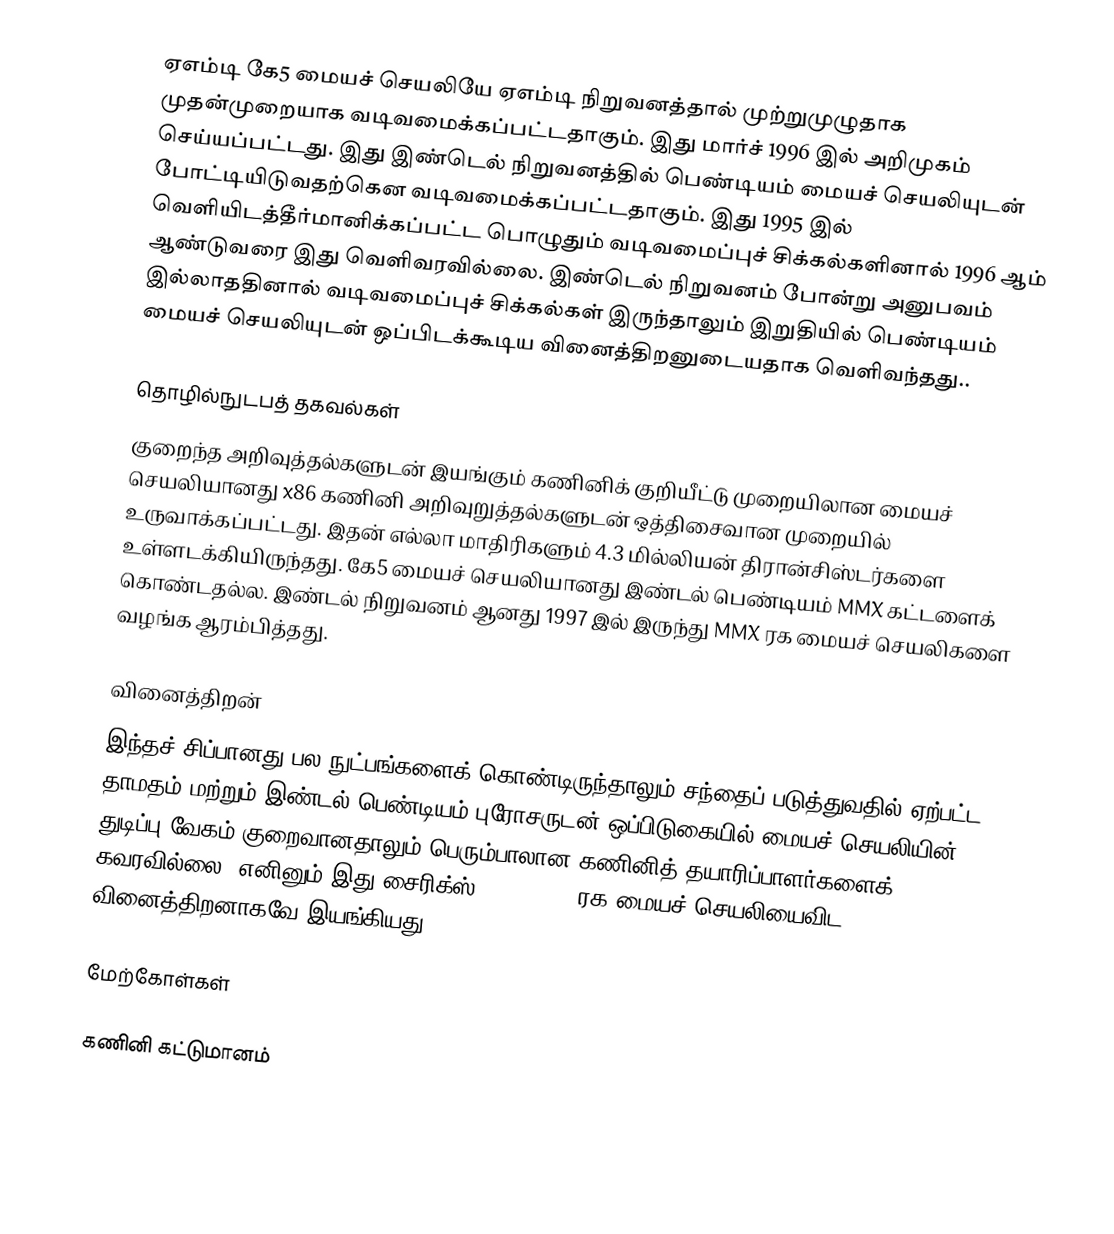
ஏஎம்டி கே5 மையச் செயலியே ஏஎம்டி நிறுவனத்தால் முற்றுமுழுதாக முதன்முறையாக வடிவமைக்கப்பட்டதாகும். இது மார்ச் 1996 இல் அறிமுகம் செய்யப்பட்டது. இது இண்டெல் நிறுவனத்தில் பெண்டியம் மையச் செயலியுடன் போட்டியிடுவதற்கென வடிவமைக்கப்பட்டதாகும். இது 1995 இல் வெளியிடத்தீர்மானிக்கப்பட்ட பொழுதும் வடிவமைப்புச் சிக்கல்களினால் 1996 ஆம் ஆண்டுவரை இது வெளிவரவில்லை. இண்டெல் நிறுவனம் போன்று அனுபவம் இல்லாததினால் வடிவமைப்புச் சிக்கல்கள் இருந்தாலும் இறுதியில் பெண்டியம் மையச் செயலியுடன் ஒப்பிடக்கூடிய வினைத்திறனுடையதாக வெளிவந்தது..

தொழில்நுடபத் தகவல்கள்
குறைந்த அறிவுத்தல்களுடன் இயங்கும் கணினிக் குறியீட்டு முறையிலான மையச் செயலியானது x86 கணினி அறிவுறுத்தல்களுடன் ஒத்திசைவான முறையில் உருவாக்கப்பட்டது. இதன் எல்லா மாதிரிகளும் 4.3 மில்லியன் திரான்சிஸ்டர்களை உள்ளடக்கியிருந்தது. கே5 மையச் செயலியானது இண்டல் பெண்டியம் MMX கட்டளைக் கொண்டதல்ல. இண்டல் நிறுவனம் ஆனது 1997 இல் இருந்து MMX ரக மையச் செயலிகளை வழங்க ஆரம்பித்தது.

வினைத்திறன்
இந்தச் சிப்பானது பல நுட்பங்களைக் கொண்டிருந்தாலும் சந்தைப் படுத்துவதில் ஏற்பட்ட தாமதம் மற்றும் இண்டல் பெண்டியம் புரோசருடன் ஒப்பிடுகையில் மையச் செயலியின் துடிப்பு வேகம் குறைவானதாலும் பெரும்பாலான கணினித் தயாரிப்பாளர்களைக் கவரவில்லை. எனினும் இது சைரிக்ஸ் Cyrix 6x86 ரக மையச் செயலியைவிட வினைத்திறனாகவே இயங்கியது.

மேற்கோள்கள்

கணினி கட்டுமானம்